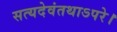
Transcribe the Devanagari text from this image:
सत्यदेवंतथाऽपरे।